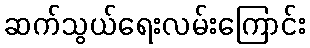
ဆက်သွယ်ရေးလမ်းကြောင်း